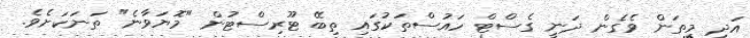
އަދި މިތަން ވެގެން ދަނީ ގެސްޓް ހައުސްތަކުގައި ތިބޭ ޓޫރިސްޓުން "މޮޔަވާނެ" ތަނަކަށެވެ.